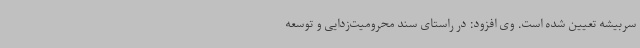
سربیشه تعیین شده است. وی افزود: در راستای سند محرومیت‌زدایی و توسعه